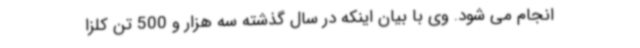
انجام می شود. وی با بیان اینکه در سال گذشته سه هزار و 500 تن کلزا